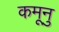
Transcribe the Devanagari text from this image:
कमूनु